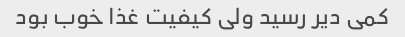
کمی دیر رسید ولی کیفیت غذا خوب بود